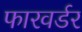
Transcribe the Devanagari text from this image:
फारवर्डर